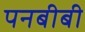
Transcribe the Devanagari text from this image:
पनबीबी